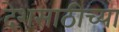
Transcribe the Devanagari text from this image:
देशसाठीच्या